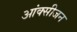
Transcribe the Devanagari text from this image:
आंक्सीजन